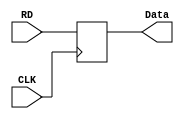
`timescale 1ns / 1ps

module data_register # ( parameter WL = 32 )
(
    input CLK,
    input  [WL - 1 : 0] RD,
    output reg [WL - 1 : 0] Data
);
    always @ ( posedge CLK )
    begin
        Data <= RD;
    end
endmodule